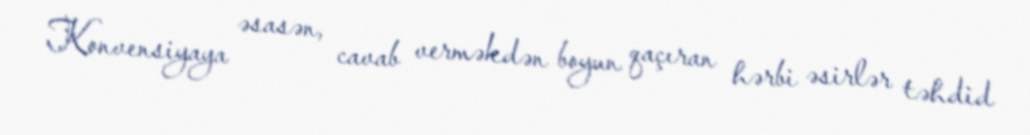
Konvensiyaya əsasən, cavab verməkdən boyun qaçıran hərbi əsirlər təhdid